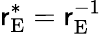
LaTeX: \mathsf{r}_{\mathrm{{E}}}^{*}=\mathsf{r}_{\mathrm{{E}}}^{-1}